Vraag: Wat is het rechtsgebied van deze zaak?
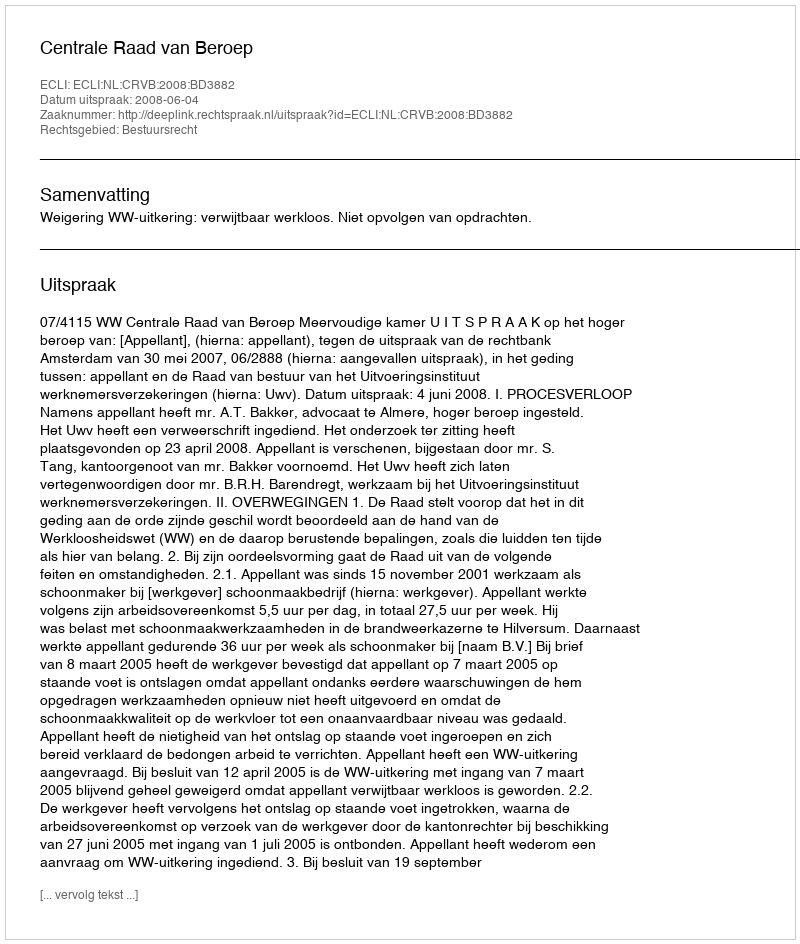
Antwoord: Bestuursrecht